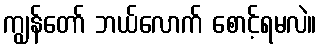
ကျွန်တော် ဘယ်လောက် စောင့်ရမလဲ။